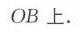
$OB$上.